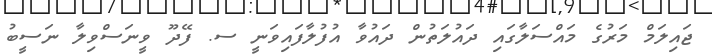
ޖައިލަމް މަރުގެ މައްސަލާގައި ދައުލަތުން ދައުވާ އުފުލާފައިވަނީ ސ. ފޭދޫ ވީނަސްވިލާ ނަސީބު